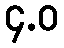
၄.ဝ